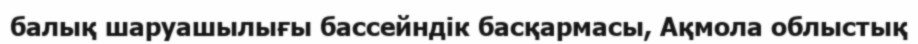
балық шаруашылығы бассейндік басқармасы, Ақмола облыстық